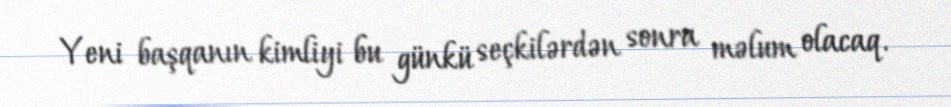
Yeni başqanın kimliyi bu günkü seçkilərdən sonra məlum olacaq.